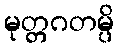
မုတ္တဂတမ္ပိ